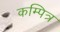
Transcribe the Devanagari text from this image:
कम्पित्र